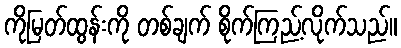
ကိုမြတ်ထွန်းကို တစ်ချက် စိုက်ကြည့်လိုက်သည်။